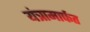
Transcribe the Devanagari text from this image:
यंत्रामार्फत